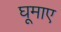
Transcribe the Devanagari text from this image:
घूमाए